Document type: Emphyteutic lease
Year: 1333
Scribe: Berenguer Simó
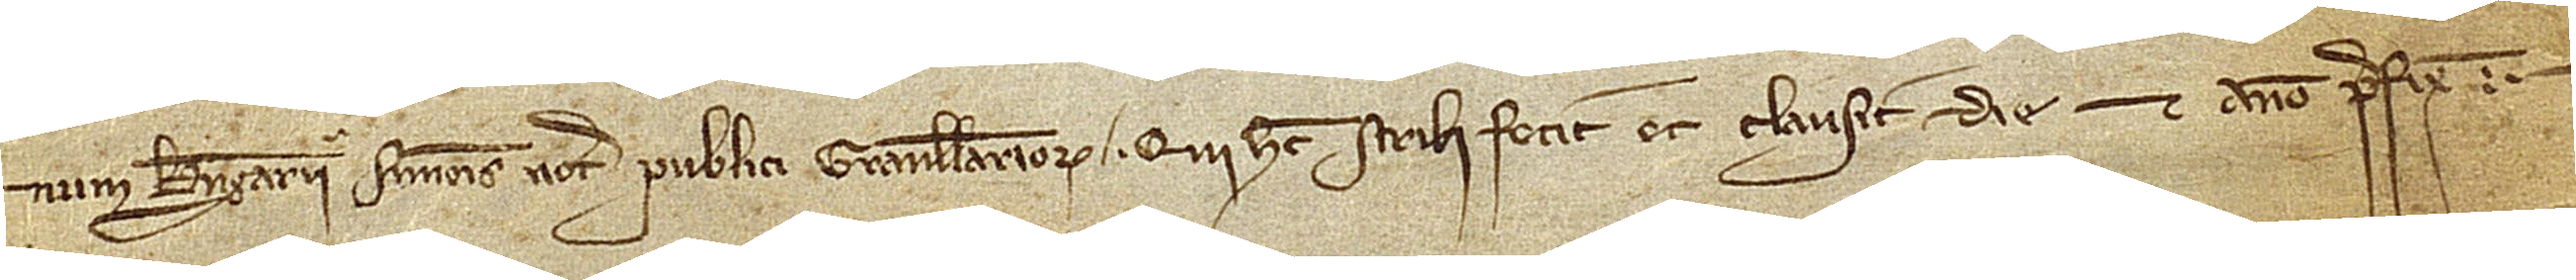
num Berengarii Simonis, notarii publici Granullariorum, qui hec scribi fecit et clausit die et anno prefixis.